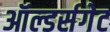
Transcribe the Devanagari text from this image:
ऑल्डर्सगेट